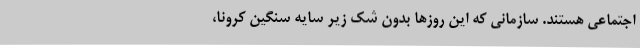
اجتماعی هستند. سازمانی که این روزها بدون شک زیر سایه سنگین کرونا،